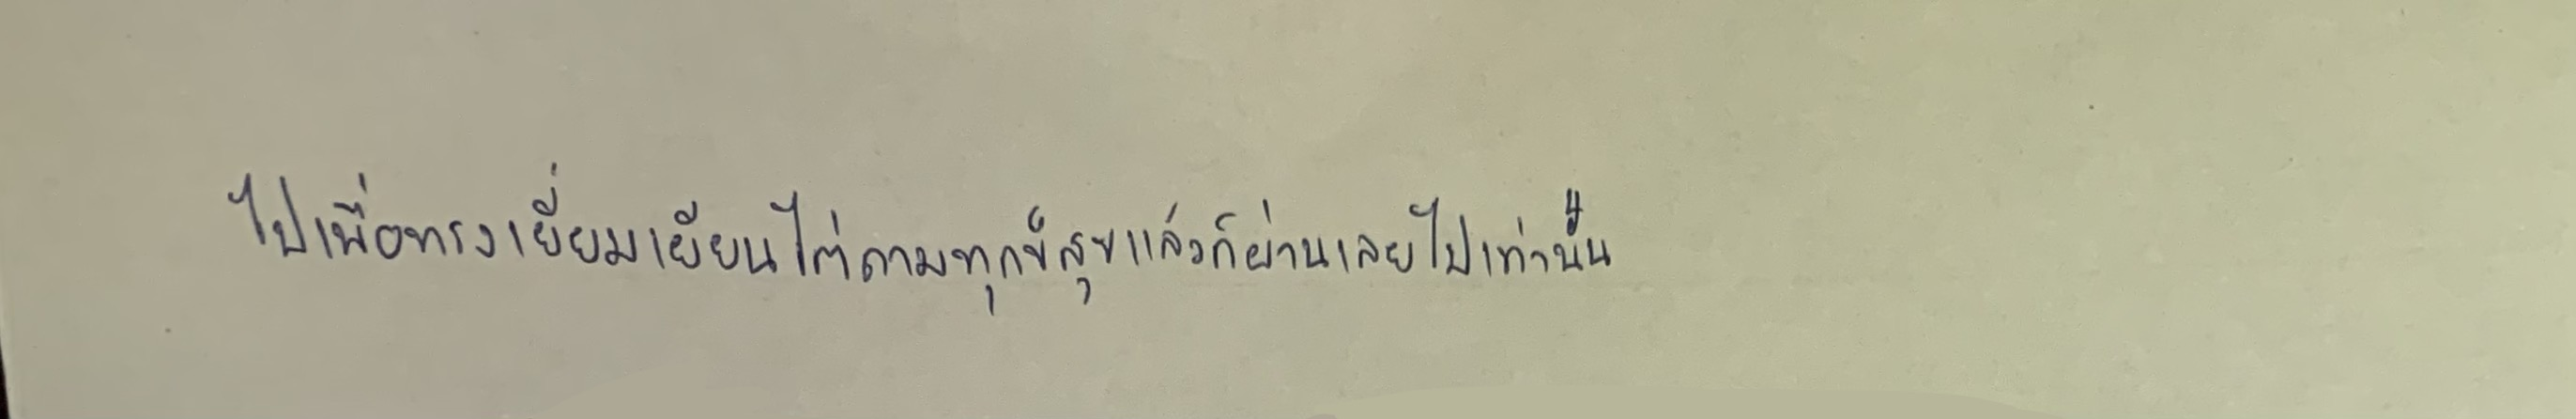
ไปเพื่อทรงเยี่ยมเยียนไต่ถามทุกข์สุขแล้วก็ผ่านเลยไปเท่านั้น